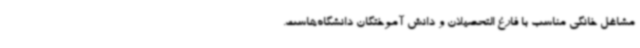
مشاغل خانگی مناسب با فارغ التحصیلان و دانش آموختگان دانشگاه‌هاست.